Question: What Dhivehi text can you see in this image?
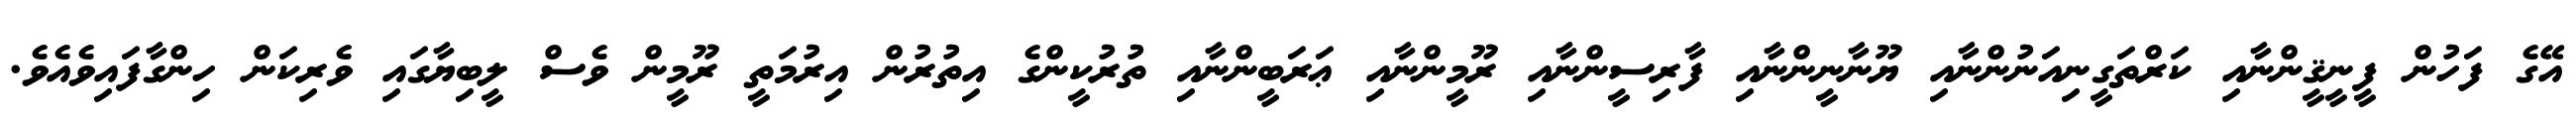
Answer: އޭގެ ފަހުން ފީނީޤީންނާއި ކަރްތަގީނިއަނުންނާއި ޔޫނާނީންނާއި ފާރިސީންނާއި ރޫމީންނާއި ޢަރަބީންނާއި ތުރުކީންގެ އިތުރުން އިރުމަތީ ރޫމީން ވެސް ލީބިޔާގައި ވެރިކަން ހިންގާފައިވެއެވެ.